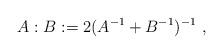
LaTeX: \begin{align*}A:B := 2(A^{-1} + B^{-1})^{-1}\ ,\end{align*}